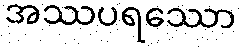
အဿပရဿော